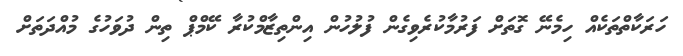
ހަރަކާތްތަކެއް ހިމެނޭ ގޮތަށް ފަރުމާކުރެވިގެން ފުލުހުން އިންތިޒާމްކުރާ ކޭމްޕް ތިން ދުވަހުގެ މުއްދަތަށް